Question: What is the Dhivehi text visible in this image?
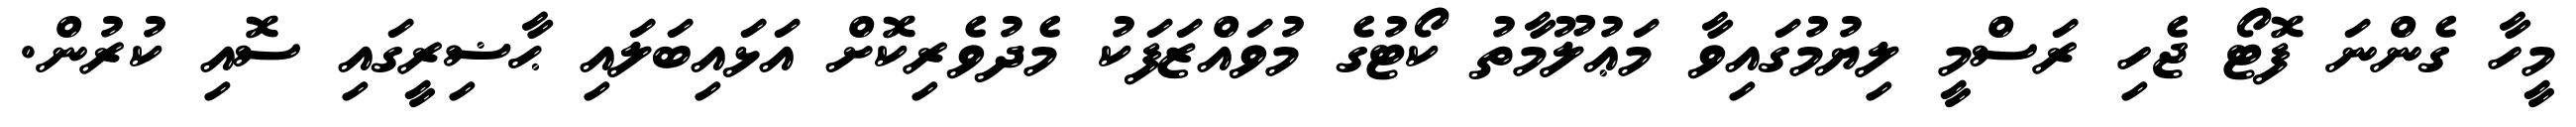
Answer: މީހާ ގެންނަ ފޮޓޯ ޖެހި ރަސްމީ ލިޔުމުގައިވާ މަޢުލޫމާތު ކޯޓުގެ މުވައްޒަފަކު މެދުވެރިކޮށް އަޅައިބަލައި ޙާޟިރީގައި ސޮއި ކުރުން.